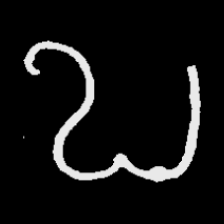
Pyu character \u2014 Myanmar letter: ဎ (romanized: ddha)